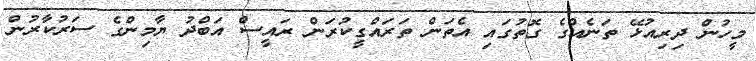
މީހުން ދިރިއުޅޭ ތަނެއްގެ ގޮތުގައި އެތަން ތަރައްގީކުރަން ރައީސް އަބްދު ޔާމިންގެ ސަރުކާރުން